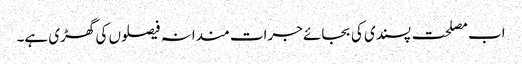
اب مصلحت پسندی کی بجائے جرات مندانہ فیصلوں کی گھڑی ہے۔